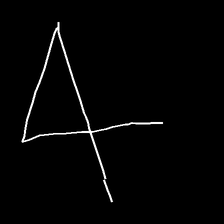
Glyph: collection